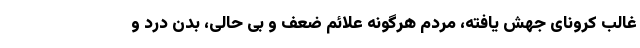
غالب کرونای جهش یافته، مردم هرگونه علائم ضعف و بی حالی، بدن درد و